Report of the Indian Hemp Drugs Commission, 1894-1895 - Volume VI
Year: 1894
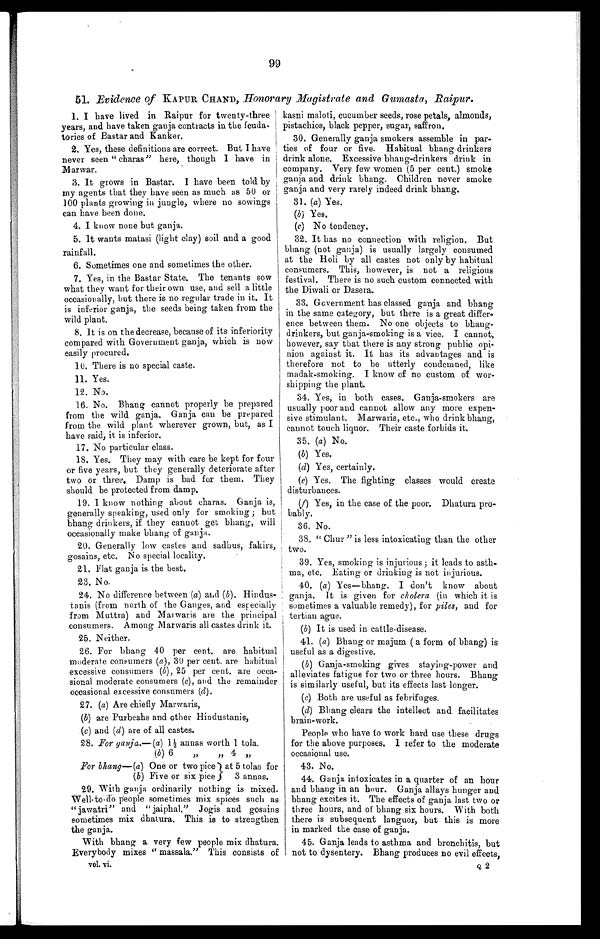
99
51. Evidence of KAPUR CHAND, Honorary Magistrate and Gumasta, Raipur.
I. I have lived in Raipur for twenty-three
years, and have taken ganja contracts in the feuda-
tories of Bastar and Kanker.
2. Yes, these definitions are correct. But I have
never seen "charas" here, though I have in
Marwar.
3. It grows in Bastar. I have been told by
my agents that they have seen as much as 50 or
100 plants growing in jungle, where no sowings
can have been done.
4 . I k n o w n o n e b u t g a n j a .
5. It wants matasi (light clay) soil and a good
rainfall.
6. Sometimes one and sometimes the other.
7. Yes, in the Bastar State. The tenants sow
what they want for their own use, and sell a little
occasionally, but there is no regular trade in it. It
is inferior ganja, the seeds being taken from the
wild plant.
8. It is on the decrease, because of its inferiority
compared with Government ganja, which is now
easily procured.
10. There is no special caste.
11. Yes.
12. No.
16. No. Bhang cannot properly be prepared
from the wild ganja. Ganja can be prepared
from the wild plant wherever grown, but, as I
have said, it is inferior.
17. No particular class.
18. Yes. They may with care be kept for four
or five years, but they generally deteriorate after
two or three. Damp is bad for them. They
should be protected from damp.
19. I know nothing about charas. Ganja is,
generally speaking, used only for smoking ; but
bhang drinkers, if they cannot get bhang, will
occasionally make bhang of ganja.
20. Generally low castes and sadhus, fakirs,
gosains, etc. No special locality.
21. Flat ganja is the best.
23. No.
24. No difference between (a) and ( b ). Hindus-
tanis (from north of the Ganges, and especially
from Muttra) and Marwaris are the principal
consumers. Among Marwaris all castes drink it.
25. Neither.
26. For bhang 40 per cent. are habitual
moderate consumers ( a), 30 per cent. are habitual
excessive consumers (b), 25 per cent. are occa-
sional moderate consumers ( c), and the remainder
occasional excessive consumers ( d).
27. (a) Are chiefly Marwaris,
(b) are Purbeahs and other Hindustanis,
(c) and (d) are of all castes.
28. For ganja.—(a) 1 1/2 annas worth 1 tola.
(b) 6
''
4 ''
For bhang—(a) One or two pice at 5 tolas for
(b) Five or six pice
3 annas.
29. With ganja ordinarily nothing is mixed.
Well-to-do people sometimes mix spices such as
" jawatri " and " jaiphal." Jogis and gosains
sometimes mix dhatura. This is to strengthen
the ganja.
With bhang a very few people mix dhatura.
Everybody mixes " massala." This consists of
Vol. vi.
kasni maloti, cucumber seeds, rose petals, almonds,
pistachios, black pepper, sugar, saffron.
30. Generally ganja smokers assemble in par-
ties of four or five. Habitual bhang-drinkers
drink alone. Excessive bhang-drinkers drink in
company. Very few women (5 per cent.) smoke
ganja and drink bhang. Children never smoke
ganja and very rarely indeed drink bhang.
31. (a) Yes.
(b) Yes.
(c) No tendency.
32. It has no connection with religion. But
bhang (not ganja) is usually largely consumed
at the Holi by all castes not only by habitual
consumers. This, however, is not a religious
festival. There is no such custom connected with
the Diwali or Dasera.
33. Government has classed ganja and bhang
in the same category, but there is a great differ-
ence between them. No one objects to bhang-
drinkers, but ganja-smoking is a vice. I cannot,
however, say that there is any strong public opi-
nion against it. It has its advantages and is
therefore not to be utterly condemned, like
madak-smoking. I know of no custom of wor-
shipping the plant.
34. Yes, in both cases. Ganja-smokers are
usually poor and cannot allow any more expen-
sive stimulant. Marwaris, etc., who drink bhang,
cannot touch liquor. Their caste forbids it.
35. (a) No.
(b) Yes.
(d) Yes, certainly.
(e) Yes. The fighting classes would create
disturbances.
(f ) Yes, in the case of the poor. Dhatura pro-
bably.
36. No.
38. " Chur " is less intoxicating than the other
two.
39. Yes, smoking is injurious ; it leads to asth-
ma, etc. Eating or drinking is not injurious.
40. (a) Yes—bhang. I don't know about
ganja. It is given for cholera (in which it is
sometimes a valuable remedy), for piles, and for
tertian ague.
(b) It is used in cattle-disease.
41. (a) Bhang or majum ( a form of bhang) is
useful as a digestive.
(b) Ganja-smoking gives staying-power and
alleviates fatigue for two or three hours. Bhang
is similarly useful, but its effects last longer.
(c) Both are useful as febrifuges.
(d) Bhang clears the intellect and facilitates
brain-work.
People who have to work hard use these drugs
for the above purposes. I refer to the moderate
occasional use.
43. No.
44. Ganja intoxicates in a quarter of an hour
and bhang in an hour. Ganja allays hunger and
bhang excites it. The effects of ganja last two or
three hours, and of bhang six hours. With both
there is subsequent languor, but this is more
in marked the case of ganja.
45. Ganja leads to asthma and bronchitis, but
not to dysentery. Bhang produces no evil effects,
Q2